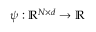
\psi : \mathbb { R } ^ { N \times d } \to \mathbb { R }